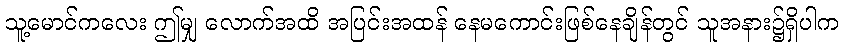
သူ့မောင်ကလေး ဤမျှ လောက်အထိ အပြင်းအထန် နေမကောင်းဖြစ်နေချိန်တွင် သူအနား၌ရှိပါက